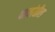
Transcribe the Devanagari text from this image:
पायांतील